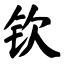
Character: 钦